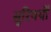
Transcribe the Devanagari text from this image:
सुरिवर्यों